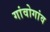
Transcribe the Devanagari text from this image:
गांवोगांव